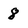
Character: 8